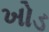
ખોડ